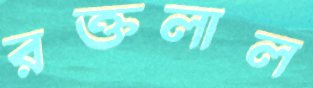
রক্তলাল